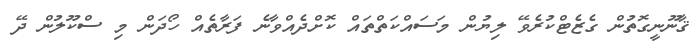
ޤާނޫނީގޮތުން ގެޒެޓްކުރެވޭ ލިޔުން މަސައްކަތްތައް ކޮށްދެއްވާނެ ފަރާތެއް ހޯދަން މި ސްކޫލުން ދޭ